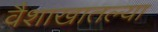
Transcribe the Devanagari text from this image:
वैशाखातल्या